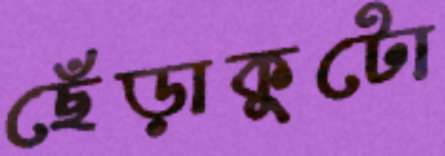
ছেঁড়াকুটো